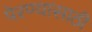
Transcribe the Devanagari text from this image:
पेरण्यासाठी